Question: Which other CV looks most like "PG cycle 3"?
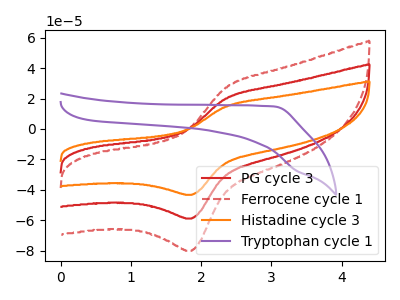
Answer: <think>The red curve "PG cycle 3" has an anodic peak at (2.35V, 20.05uA) and a cathodic peak at (1.85V, -58.90uA). The red dashed curve "Ferrocene cycle 1" has an anodic peak at (2.35V, 40.10uA) and a cathodic peak at (1.85V, -117.75uA). The orange curve "Histadine cycle 3" has an anodic peak at (2.35V, 14.75uA) and a cathodic peak at (1.85V, -43.30uA). The purple curve "Tryptophan cycle 1" has no peaks.
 All the peaks in "PG cycle 3" have a peak in "Ferrocene cycle 1" at the same potential. Every peak in "PG cycle 3" is lower than every peak in "Ferrocene cycle 1". All the peaks in "PG cycle 3" have a peak in "Histadine cycle 3" at the same potential. Every peak in "PG cycle 3" is higher than every peak in "Histadine cycle 3". "PG cycle 3" and "Tryptophan cycle 1" have a different number of peaks. All the peaks in "Ferrocene cycle 1" have a peak in "Histadine cycle 3" at the same potential. Every peak in "Ferrocene cycle 1" is higher than every peak in "Histadine cycle 3". "Ferrocene cycle 1" and "Tryptophan cycle 1" have a different number of peaks. "Histadine cycle 3" and "Tryptophan cycle 1" have a different number of peaks.</think>
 <answer>"PG cycle 3" and "Ferrocene cycle 1" have a similar shape to "Histadine cycle 3".</answer>
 <eval>"PG cycle 3" "Ferrocene cycle 1"</eval>